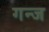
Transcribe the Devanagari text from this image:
गन्ज